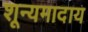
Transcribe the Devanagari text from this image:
शून्यमादाय